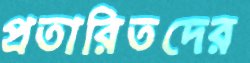
প্রতারিতদের